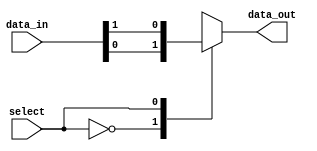
module io_mux_demux (
    input wire [7:0] data_in,
    input wire select,
    output reg data_out
);

always @(data_in, select) begin
    case (select)
        0: data_out <= data_in[0];
        1: data_out <= data_in[1];
        2: data_out <= data_in[2];
        3: data_out <= data_in[3];
        4: data_out <= data_in[4];
        5: data_out <= data_in[5];
        6: data_out <= data_in[6];
        7: data_out <= data_in[7];
        default: data_out <= 8'b0;
    endcase
end

endmodule